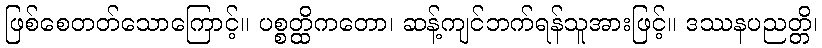
ဖြစ်စေတတ်သောကြောင့်။ ပစ္စတ္ထိကတော၊ ဆန့်ကျင်ဘက်ရန်သူအားဖြင့်။ ဒဿနပညတ္တိ၊